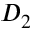
D _ { 2 }